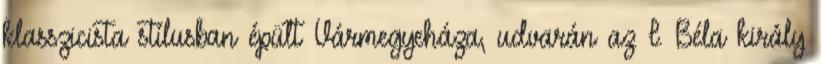
klasszicista stílusban épült Vármegyeháza, udvarán az I. Béla király